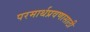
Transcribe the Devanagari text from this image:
परमार्थप्रवणासाठी